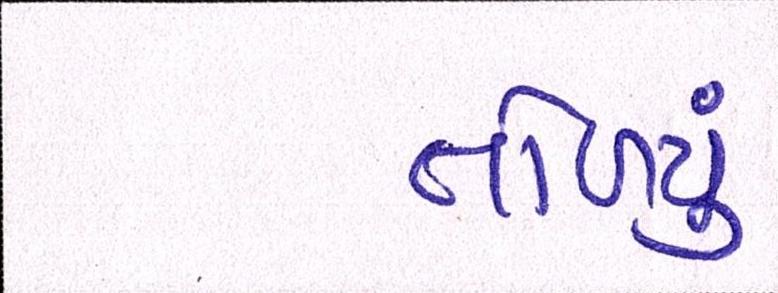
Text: તોળ્યું